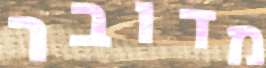
מדובר